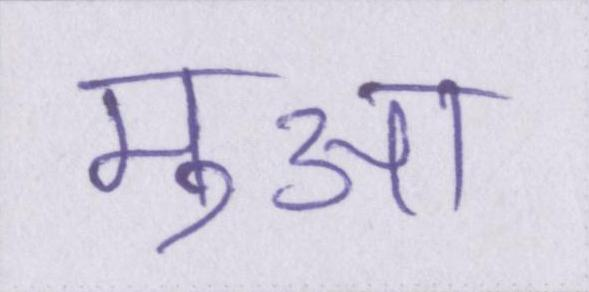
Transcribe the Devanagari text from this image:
मुआ